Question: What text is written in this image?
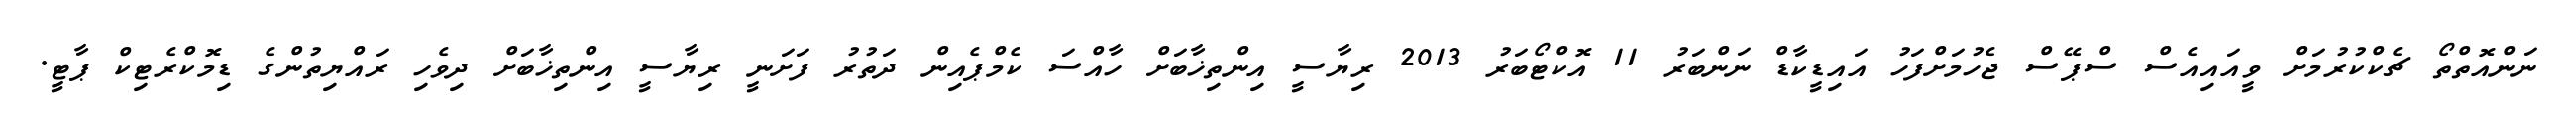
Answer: ނަންއޮތްތޯ ޗެކްކުރުމަށް ވީއައިއެސް ސްޕޭސް ޖެހުމަށްފަހު އައިޑީކާޑް ނަންބަރު 11 އޮކްޓޯބަރު 2013 ރިޔާސީ އިންތިޚާބަށް ހާއްސަ ކެމްޕެއިން ދަތުރު ފަށަނީ ރިޔާސީ އިންތިޚާބަށް ދިވެހި ރައްޔިތުންގެ ޑިމޮކްރެޓިކް ޕާޓީ.